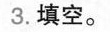
3.填空。